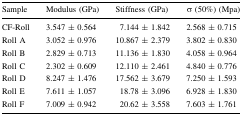
<table><thead><tr><td><b>Sample</b></td><td><b>Modulus (GPa)</b></td><td><b>Stiffness (GPa)</b></td><td><b>σ (50%) (Mpa)</b></td></tr></thead><tbody><tr><td>CF-Roll</td><td>3.547 ± 0.564</td><td>7.144 ± 1.842</td><td>2.568 ± 0.715</td></tr><tr><td>Roll A</td><td>3.052 ± 0.976</td><td>10.867 ± 2.379</td><td>3.802 ± 0.830</td></tr><tr><td>Roll B</td><td>2.829 ± 0.713</td><td>11.136 ± 1.830</td><td>4.058 ± 0.964</td></tr><tr><td>Roll C</td><td>2.302 ± 0.609</td><td>12.110 ± 2.461</td><td>4.840 ± 0.776</td></tr><tr><td>Roll D</td><td>8.247 ± 1.476</td><td>17.562 ± 3.679</td><td>7.250 ± 1.593</td></tr><tr><td>Roll E</td><td>7.611 ± 1.057</td><td>18.78 ± 3.096</td><td>6.928 ± 1.830</td></tr><tr><td>Roll F</td><td>7.009 ± 0.942</td><td>20.62 ± 3.558</td><td>7.603 ± 1.761</td></tr></tbody></table>